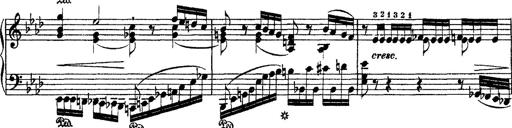
Title: Ã‰tudes d'exÃ©cution transcendante d'aprÃ¨s Paganini
Composer: Franz Liszt